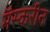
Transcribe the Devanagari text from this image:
मॅस्करीन